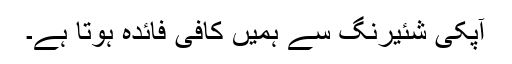
آپکی شئیرنگ سے ہمیں کافی فائدہ ہوتا ہے۔